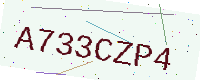
Text: A733CZP4